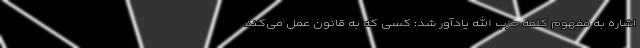
اشاره به مفهوم کلمه حزب الله یادآور شد: کسی که به قانون عمل می‌کند